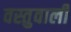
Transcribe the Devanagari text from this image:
वस्तुवाली